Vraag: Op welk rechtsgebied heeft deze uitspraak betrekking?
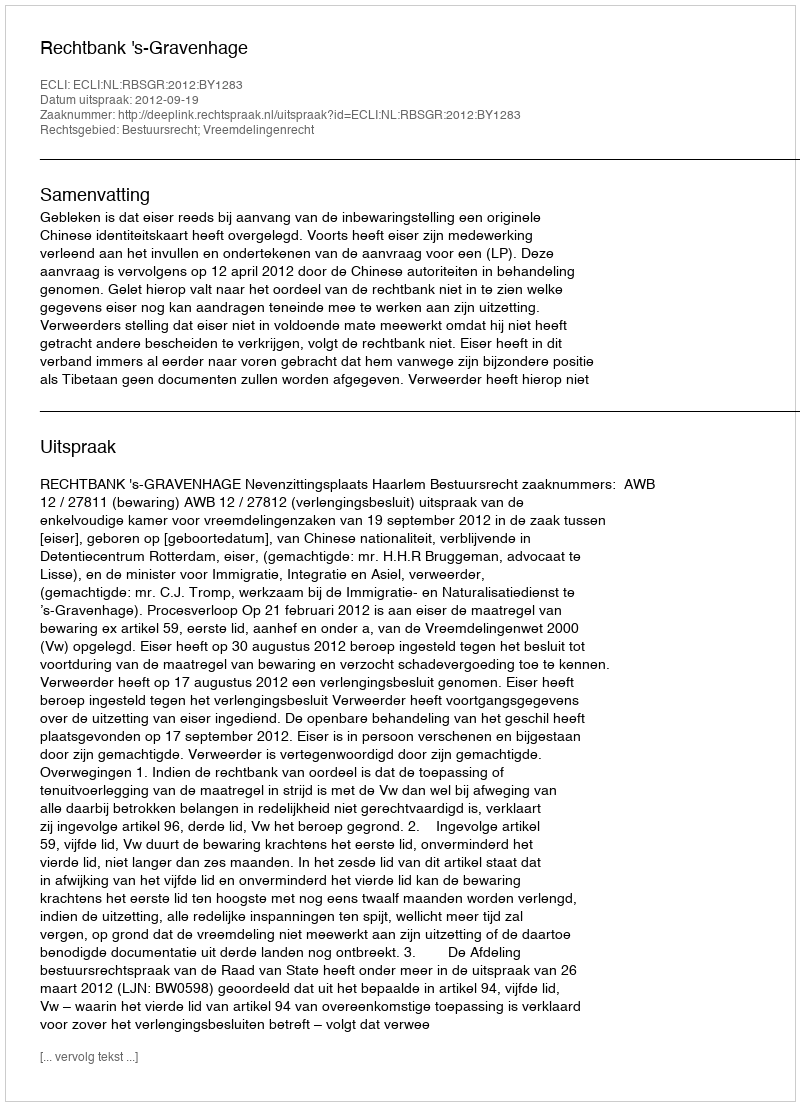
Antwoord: Bestuursrecht; Vreemdelingenrecht